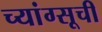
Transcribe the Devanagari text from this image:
च्यांग्सूची